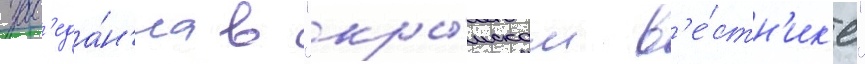
зас'еда́н'иа в "кры́мском в'е́стн'ик'е"